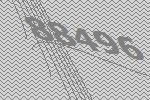
88496